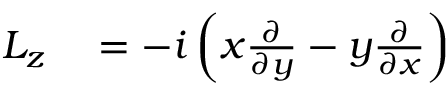
\begin{array} { r l } { L _ { z } } & { { } = - i \left( x { \frac { \partial } { \partial y } } - y { \frac { \partial } { \partial x } } \right) } \end{array}